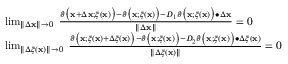
\begin{array} { r l } & { \operatorname* { l i m } _ { \| \Delta \mathbf { x } \| \rightarrow 0 } \; \frac { \vartheta \big ( \mathbf { x } + \Delta \mathbf { x } ; \xi ( \mathbf { x } ) \big ) - \vartheta \big ( \mathbf { x } ; \xi ( \mathbf { x } ) \big ) - D _ { 1 } \vartheta \big ( \mathbf { x } ; \xi ( \mathbf { x } ) \big ) \bullet \Delta \mathbf { x } } { \| \Delta \mathbf { x } \| } = 0 } \\ & { \operatorname* { l i m } _ { \| \Delta \xi ( \mathbf { x } ) \| \rightarrow 0 } \; \frac { \vartheta \big ( \mathbf { x } ; \xi ( \mathbf { x } ) + \Delta \xi ( \mathbf { x } ) \big ) - \vartheta \big ( \mathbf { x } ; \xi ( \mathbf { x } ) \big ) - D _ { 2 } \vartheta \big ( \mathbf { x } ; \xi ( \mathbf { x } ) \big ) \bullet \Delta \xi ( \mathbf { x } ) } { \| \Delta \xi ( \mathbf { x } ) \| } = 0 } \end{array}